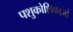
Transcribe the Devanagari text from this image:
पशुकोशिकाओं